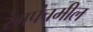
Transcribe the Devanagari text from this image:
रंगपंचमील